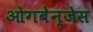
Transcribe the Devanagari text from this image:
ओगबेन्जेस